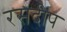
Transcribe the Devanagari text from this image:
रसदीप